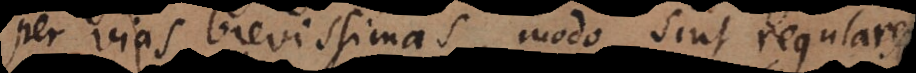
per vias brevissimas modo sint regulares.